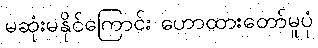
မဆုံးမနိုင်ကြောင်း ဟောထားတော်မူပုံ